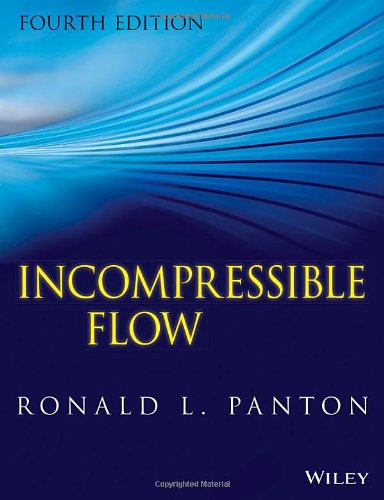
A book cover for Incompressible Flow; Ronald L. Panton; Science & Math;